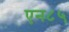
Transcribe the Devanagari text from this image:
एन८५